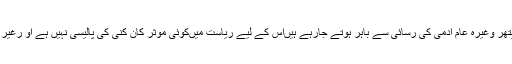
دوسری طرف تعمیراتی کام کے لیے ضروری ریت، روڑی، پتھر وغیرہ عام آدمی کی رسائی سے باہر ہوتے جارہے ہیںاس کے لیے ریاست میںکوئی مؤثر کان کنی کی پالیسی نہیں ہے او رغیر قانونی کان کنی روکنے میںحکومت کی کوئی دلچسپی نہیںہے۔